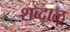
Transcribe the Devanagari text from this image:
शब्दाळू